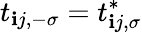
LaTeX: t_{\mathbf{i}j,-\sigma}=t_{\mathbf{i}j,\sigma}^{*}